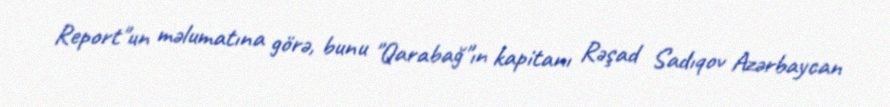
Report"un məlumatına görə, bunu "Qarabağ"ın kapitanı Rəşad Sadıqov Azərbaycan